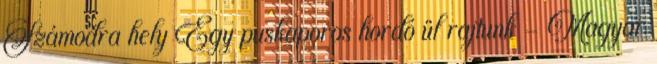
Számodra hely Egy puskaporos hordó ül rajtunk - Magyar